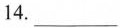
14.___